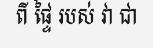
ពី ផ្ទៃ របស់ វា ជា